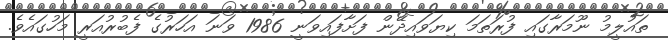
ތައުލީމު ނޫމަރާގައި ފުރަތަމަ ކިޔަވައިދޭން ފަށާފައިވަނީ 1986 ވަނަ އަހަރުގެ ފެބުރުއަރީ މަހުގައެވެ.